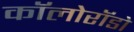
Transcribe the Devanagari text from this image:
कॉलोरॉडो